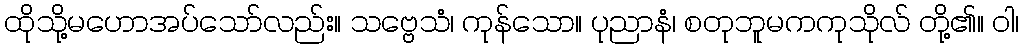
ထိုသို့မဟောအပ်သော်လည်း။ သဗ္ဗေသံ၊ ကုန်သော။ ပုညာနံ၊ စတုဘူမကကုသိုလ် တို့၏။ ဝါ၊